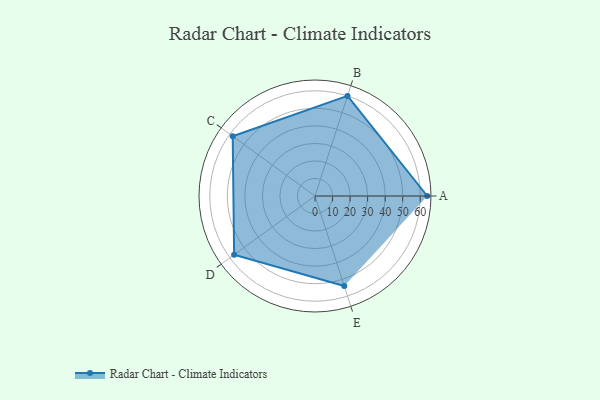
{"axis": {"x": "Skill", "y": "Score"}, "legend": ["Profile"], "data": [{"x": "A", "y": 64.0, "type": "Profile"}, {"x": "B", "y": 60.0, "type": "Profile"}, {"x": "C", "y": 58.0, "type": "Profile"}, {"x": "D", "y": 57.0, "type": "Profile"}, {"x": "E", "y": 54.0, "type": "Profile"}]}